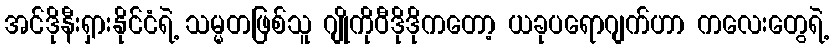
အင်ဒိုနီးရှားနိုင်ငံရဲ့ သမ္မတဖြစ်သူ ဂျိုကိုဝီဒိုဒိုကတော့ ယခုပရောဂျက်ဟာ ကလေးတွေရဲ့